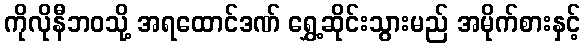
ကိုလိုနီဘဝသို့ အရထောင်ဒဏ် ရွှေ့ဆိုင်းသွားမည် အမိုက်စားနှင့်